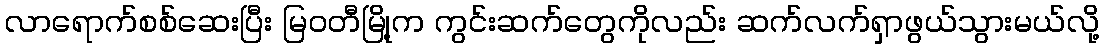
လာရောက်စစ်ဆေးပြီး မြဝတီမြို့က ကွင်းဆက်တွေကိုလည်း ဆက်လက်ရှာဖွယ်သွားမယ်လို့